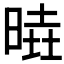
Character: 𣈹